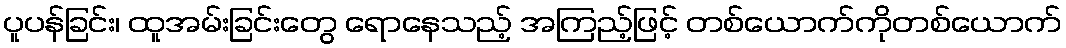
ပူပန်ခြင်း၊ ထူအမ်းခြင်းတွေ ရောနေသည့် အကြည့်ဖြင့် တစ်ယောက်ကိုတစ်ယောက်